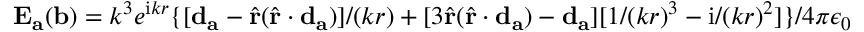
\mathbf { E } _ { \mathbf { a } } ( \mathbf { b } ) = k ^ { 3 } e ^ { \mathrm { i } k r } \{ [ \mathbf { d } _ { \mathbf { a } } - \hat { \mathbf { r } } ( \hat { \mathbf { r } } \cdot \mathbf { d } _ { \mathbf { a } } ) ] / ( k r ) + [ 3 \hat { \mathbf { r } } ( \hat { \mathbf { r } } \cdot \mathbf { d } _ { \mathbf { a } } ) - \mathbf { d } _ { \mathbf { a } } ] [ 1 / ( k r ) ^ { 3 } - \mathrm { i } / ( k r ) ^ { 2 } ] \} / 4 \pi \epsilon _ { 0 }